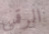
الرقمي